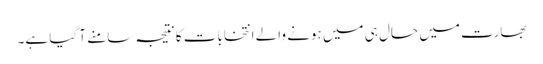
بھارت میں حال ہی میں ہونے والے انتخابات کا نتیجہ سامنے آ گیا ہے۔